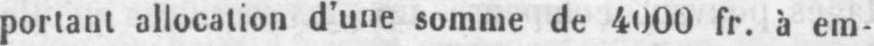
portant allocation d’une somme de 4000 fr. à em-